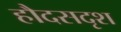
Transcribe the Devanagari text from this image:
हौदसदृश